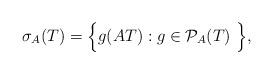
LaTeX: \begin{align*} \sigma_A(T)= \Big\{g(AT): g\in\mathcal{P}_A(T) \ \Big\}, \end{align*}